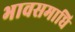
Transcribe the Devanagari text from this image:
भावसमाधि